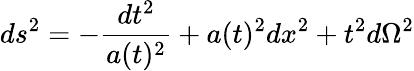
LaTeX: ds^{2}=-\frac{dt^{2}}{a(t)^{2}}+a(t)^{2}dx^{2}+t^{2}d\Omega^{2}